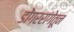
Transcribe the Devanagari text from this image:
डोंगररांगेतून